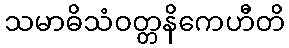
သမာဓိသံဝတ္တနိကေဟီတိ